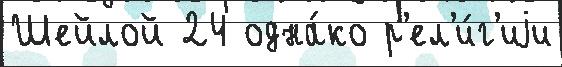
Шейлой 24 одна́ко р'ел'и́г'иjи